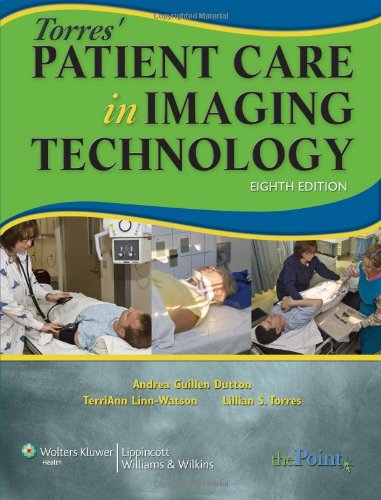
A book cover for Torres' Patient Care in Imaging Technology; Andrea Guillen Dutton MEd  AART (R)  CRT (R F); Medical Books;